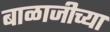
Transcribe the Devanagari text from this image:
बाळाजीच्या